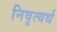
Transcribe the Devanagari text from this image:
निवृत्यर्थ